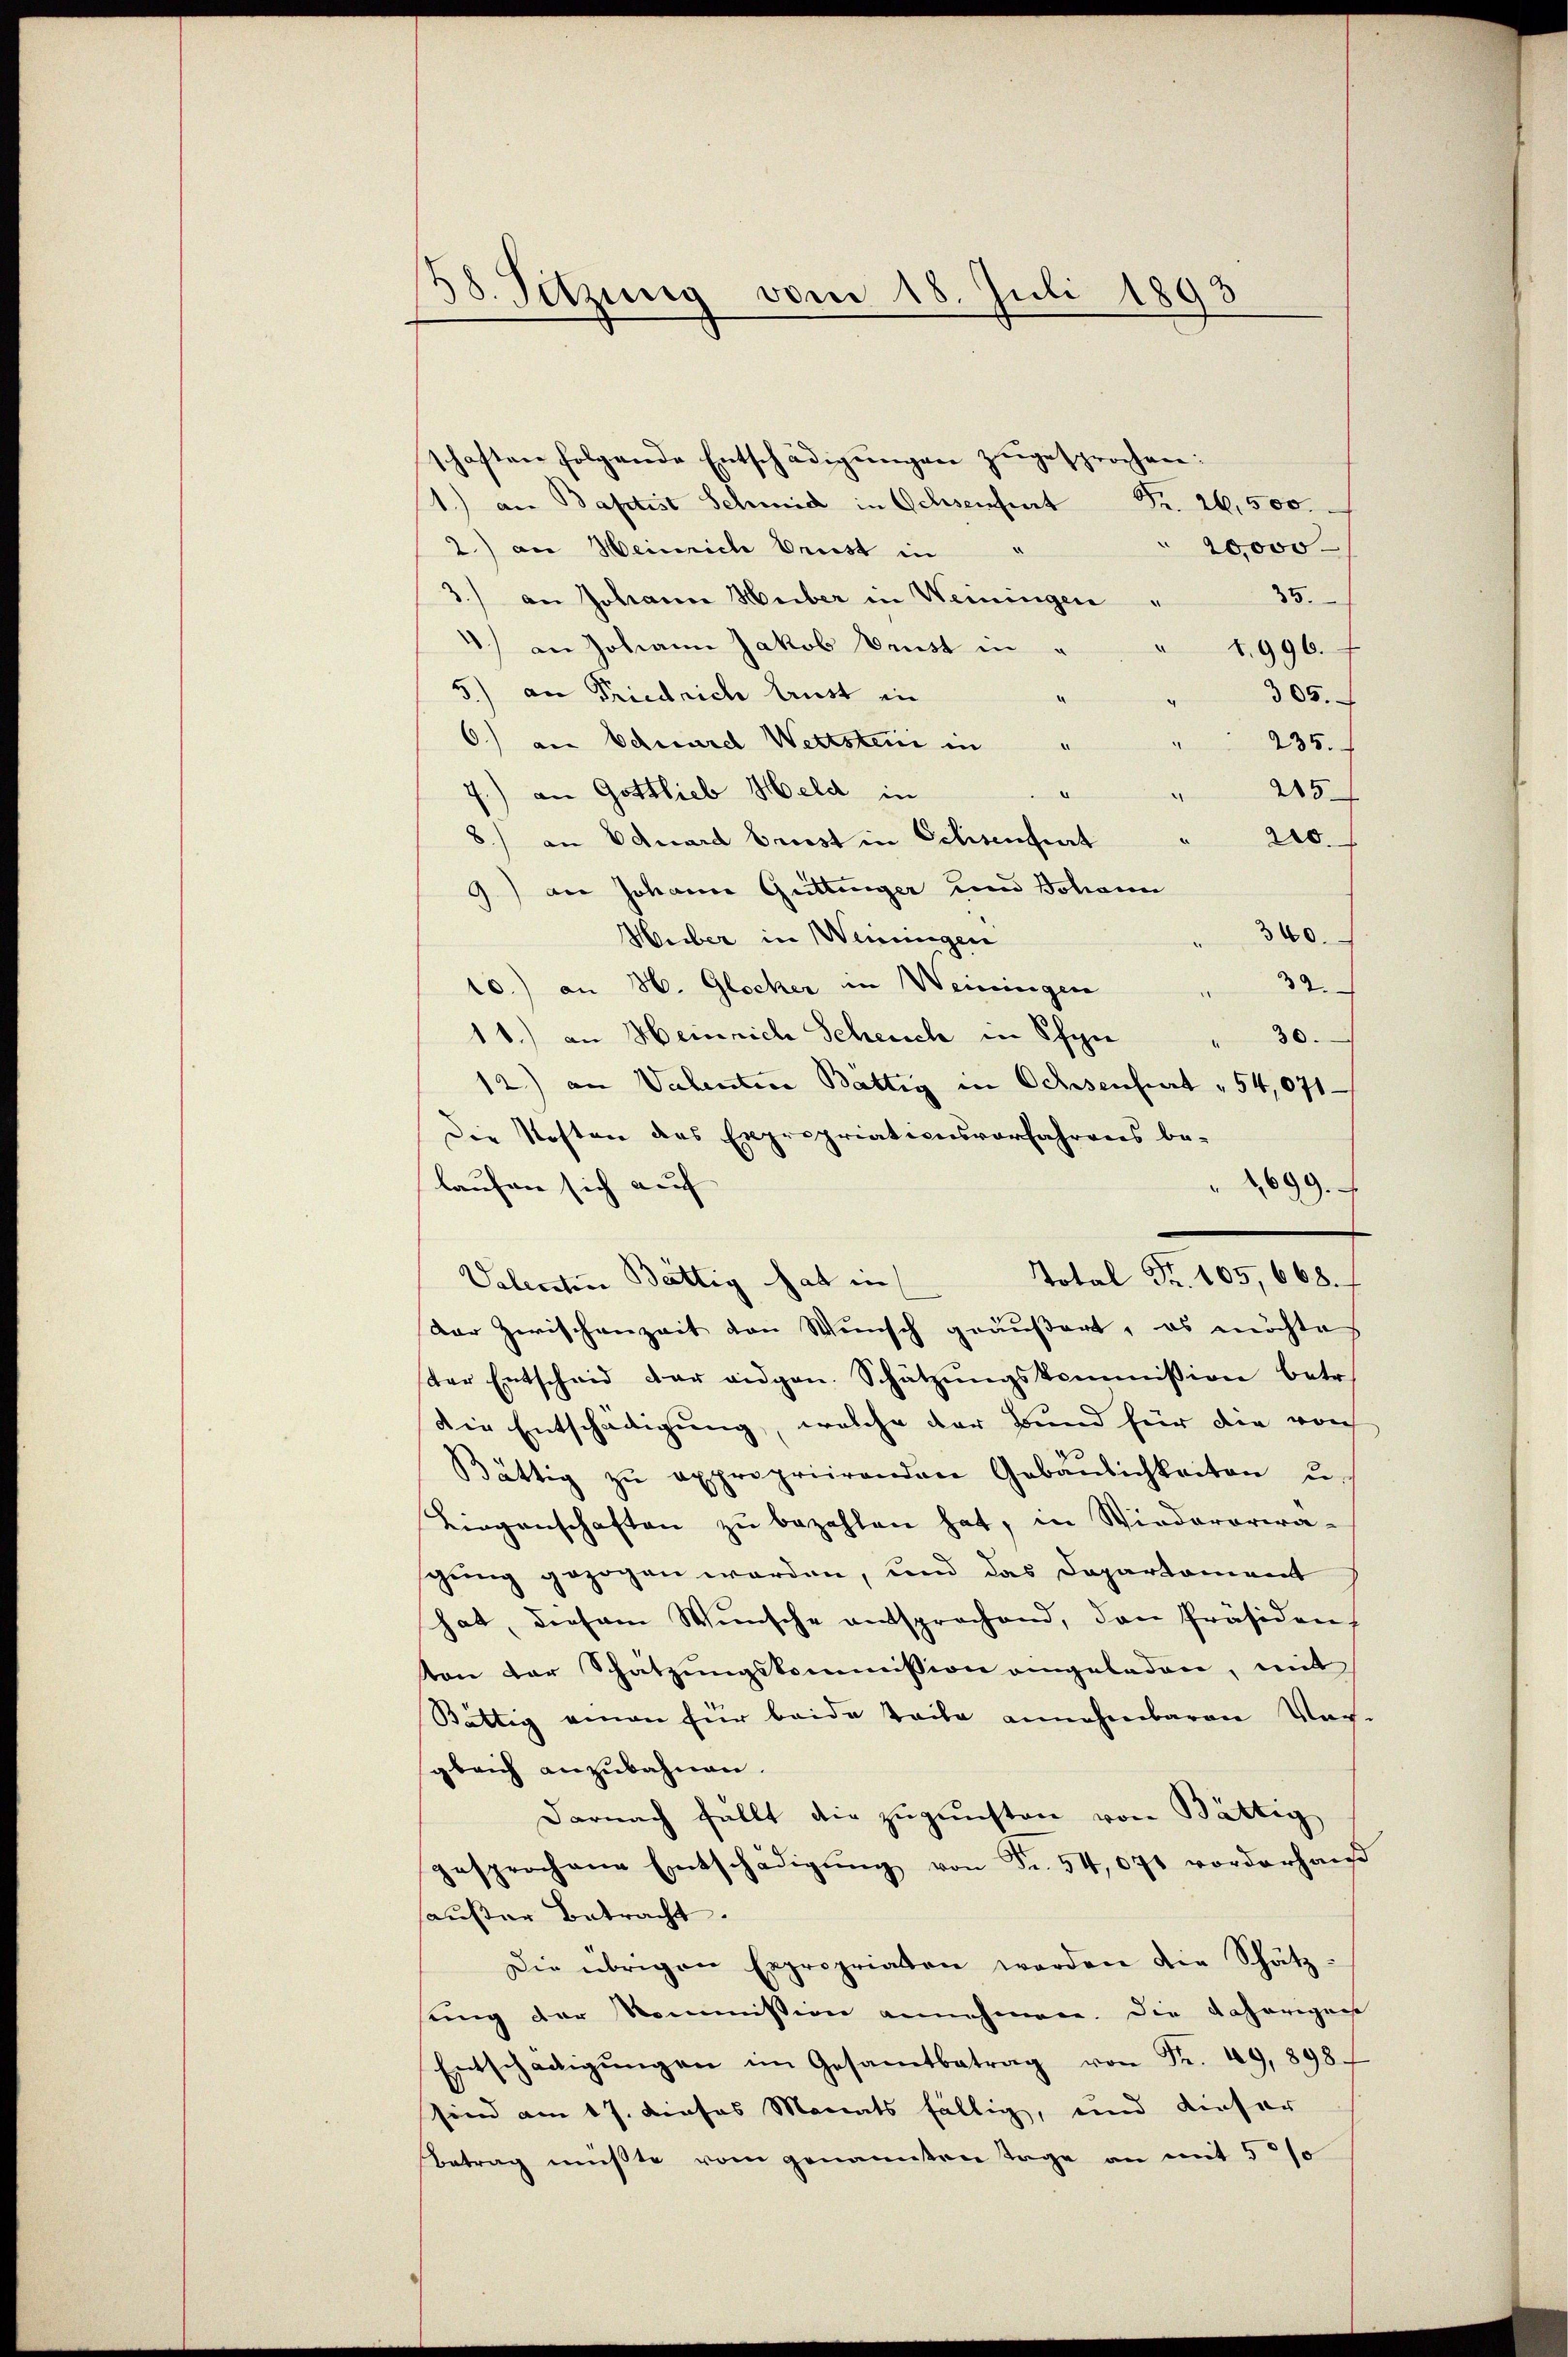
58. Setzung vom 18. Juli 1893.

schaften folgende Entschädigungen zugesprochen:
1.) an Baptist Schmid in Ochsenfert Fr. 26,500.
 20,000
2.) an Heinrich Brust in
35.
3.) an Johann Huber in Weiningen
) an Johann Jakob Brust in
1.996.
5) an Friedrich trust in
305.
6) an Eduard Wettsterii in " " 235.
285
7.) an Gottlieb Held in
¬
20.
8) an Eduard briest in Ochsenfert
9) der Johann Grittinger und Johann
360.
Hueber in Weiningen
32.
10.) an H. Glocker in Weiningen
11.) an Heinrich Scheuch in Schyn
" 30.
12.) an Valenten Bättig in Ochsenfurt " 54,071.
Die Kosten das Expropriationsvorfahrens be-
laufen sich auf
1699.
Valentin Bättig hat in
Dar Zwischenzeit von Wunsch geäußert, es möchte
ster Entscheid der eidgen. Schätzŭngskommission betr.
Die Entschädigung, welche der Bund für die von
Bättig zŭ expropriirenden Gebäŭlichkeiten u.
Liegenschaften zu bezahlen hat, in Wiederaria-
gung gezogen worden, und das Departament
hat, diesem Wunsche entsprochend, den Präsiden,
ten der Schatzŭngskommission angeladen, mit
Bättig einen für beide Teile annehmbaren Vog-
gleich anzubahnen.
Darnach fällt die zugunsten von Bättig
gesprochene Entschädigŭng von Fr. 54,071 vorderhaŭs
außer Betracht.
Die übrigen Expropriaten werden die Schätz-
sung der Kommission annehmen. Die daherigens
Entschädigŭngen im Gesamtbetrag von Fr. 49,898.
sind am 17. dieses Monats fällig, und dieser
Betrag mußte vom genannten Tage an mit 5 %

Total Fr. 105, 668. f